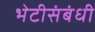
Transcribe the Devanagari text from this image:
भेटीसंबंधी